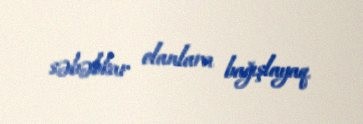
səbəbkar olanlara bağışlayaq.